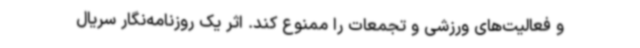
و فعالیت‌های ورزشی و تجمعات را ممنوع کند. اثر یک روزنامه‌نگار سریال